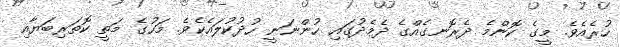
ހުރެއެވެ. މީގެ ކޮންމެ ދެރޮނގެެއްގެ ދެމެދުގައި ހުންނަނީ ހުދުކުލައެކެވެ. މަހުގެ މަތީ ކޮތަރިބަޔާއި